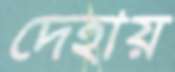
দেহায়